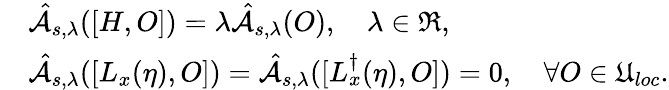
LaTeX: \begin{array}{rl}&{\hat{\mathcal{A}}_{s,\lambda}([H,O])=\lambda\hat{\mathcal{A}}_{s,\lambda}(O),\quad\lambda\in\mathfrak{R},}\\ &{\hat{\mathcal{A}}_{s,\lambda}([L_{x}(\eta),O])=\hat{\mathcal{A}}_{s,\lambda}([L_{x}^{\dagger}(\eta),O])=0,\quad\forall O\in\mathfrak{U}_{loc}.}\end{array}